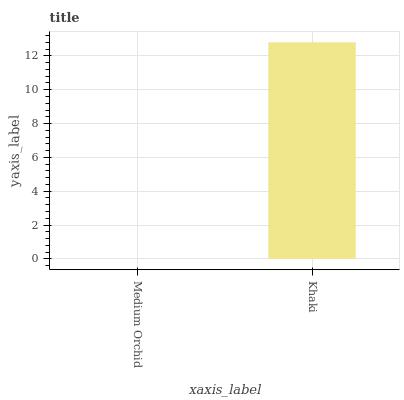
| xaxis_label | bars |
 | --- | --- |
 | Medium Orchid | 0 |
 | Khaki | 12.8 |